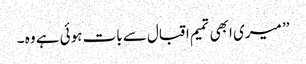
’’ میری ابھی تمیم اقبال سے بات ہوئی ہے وہ ۔